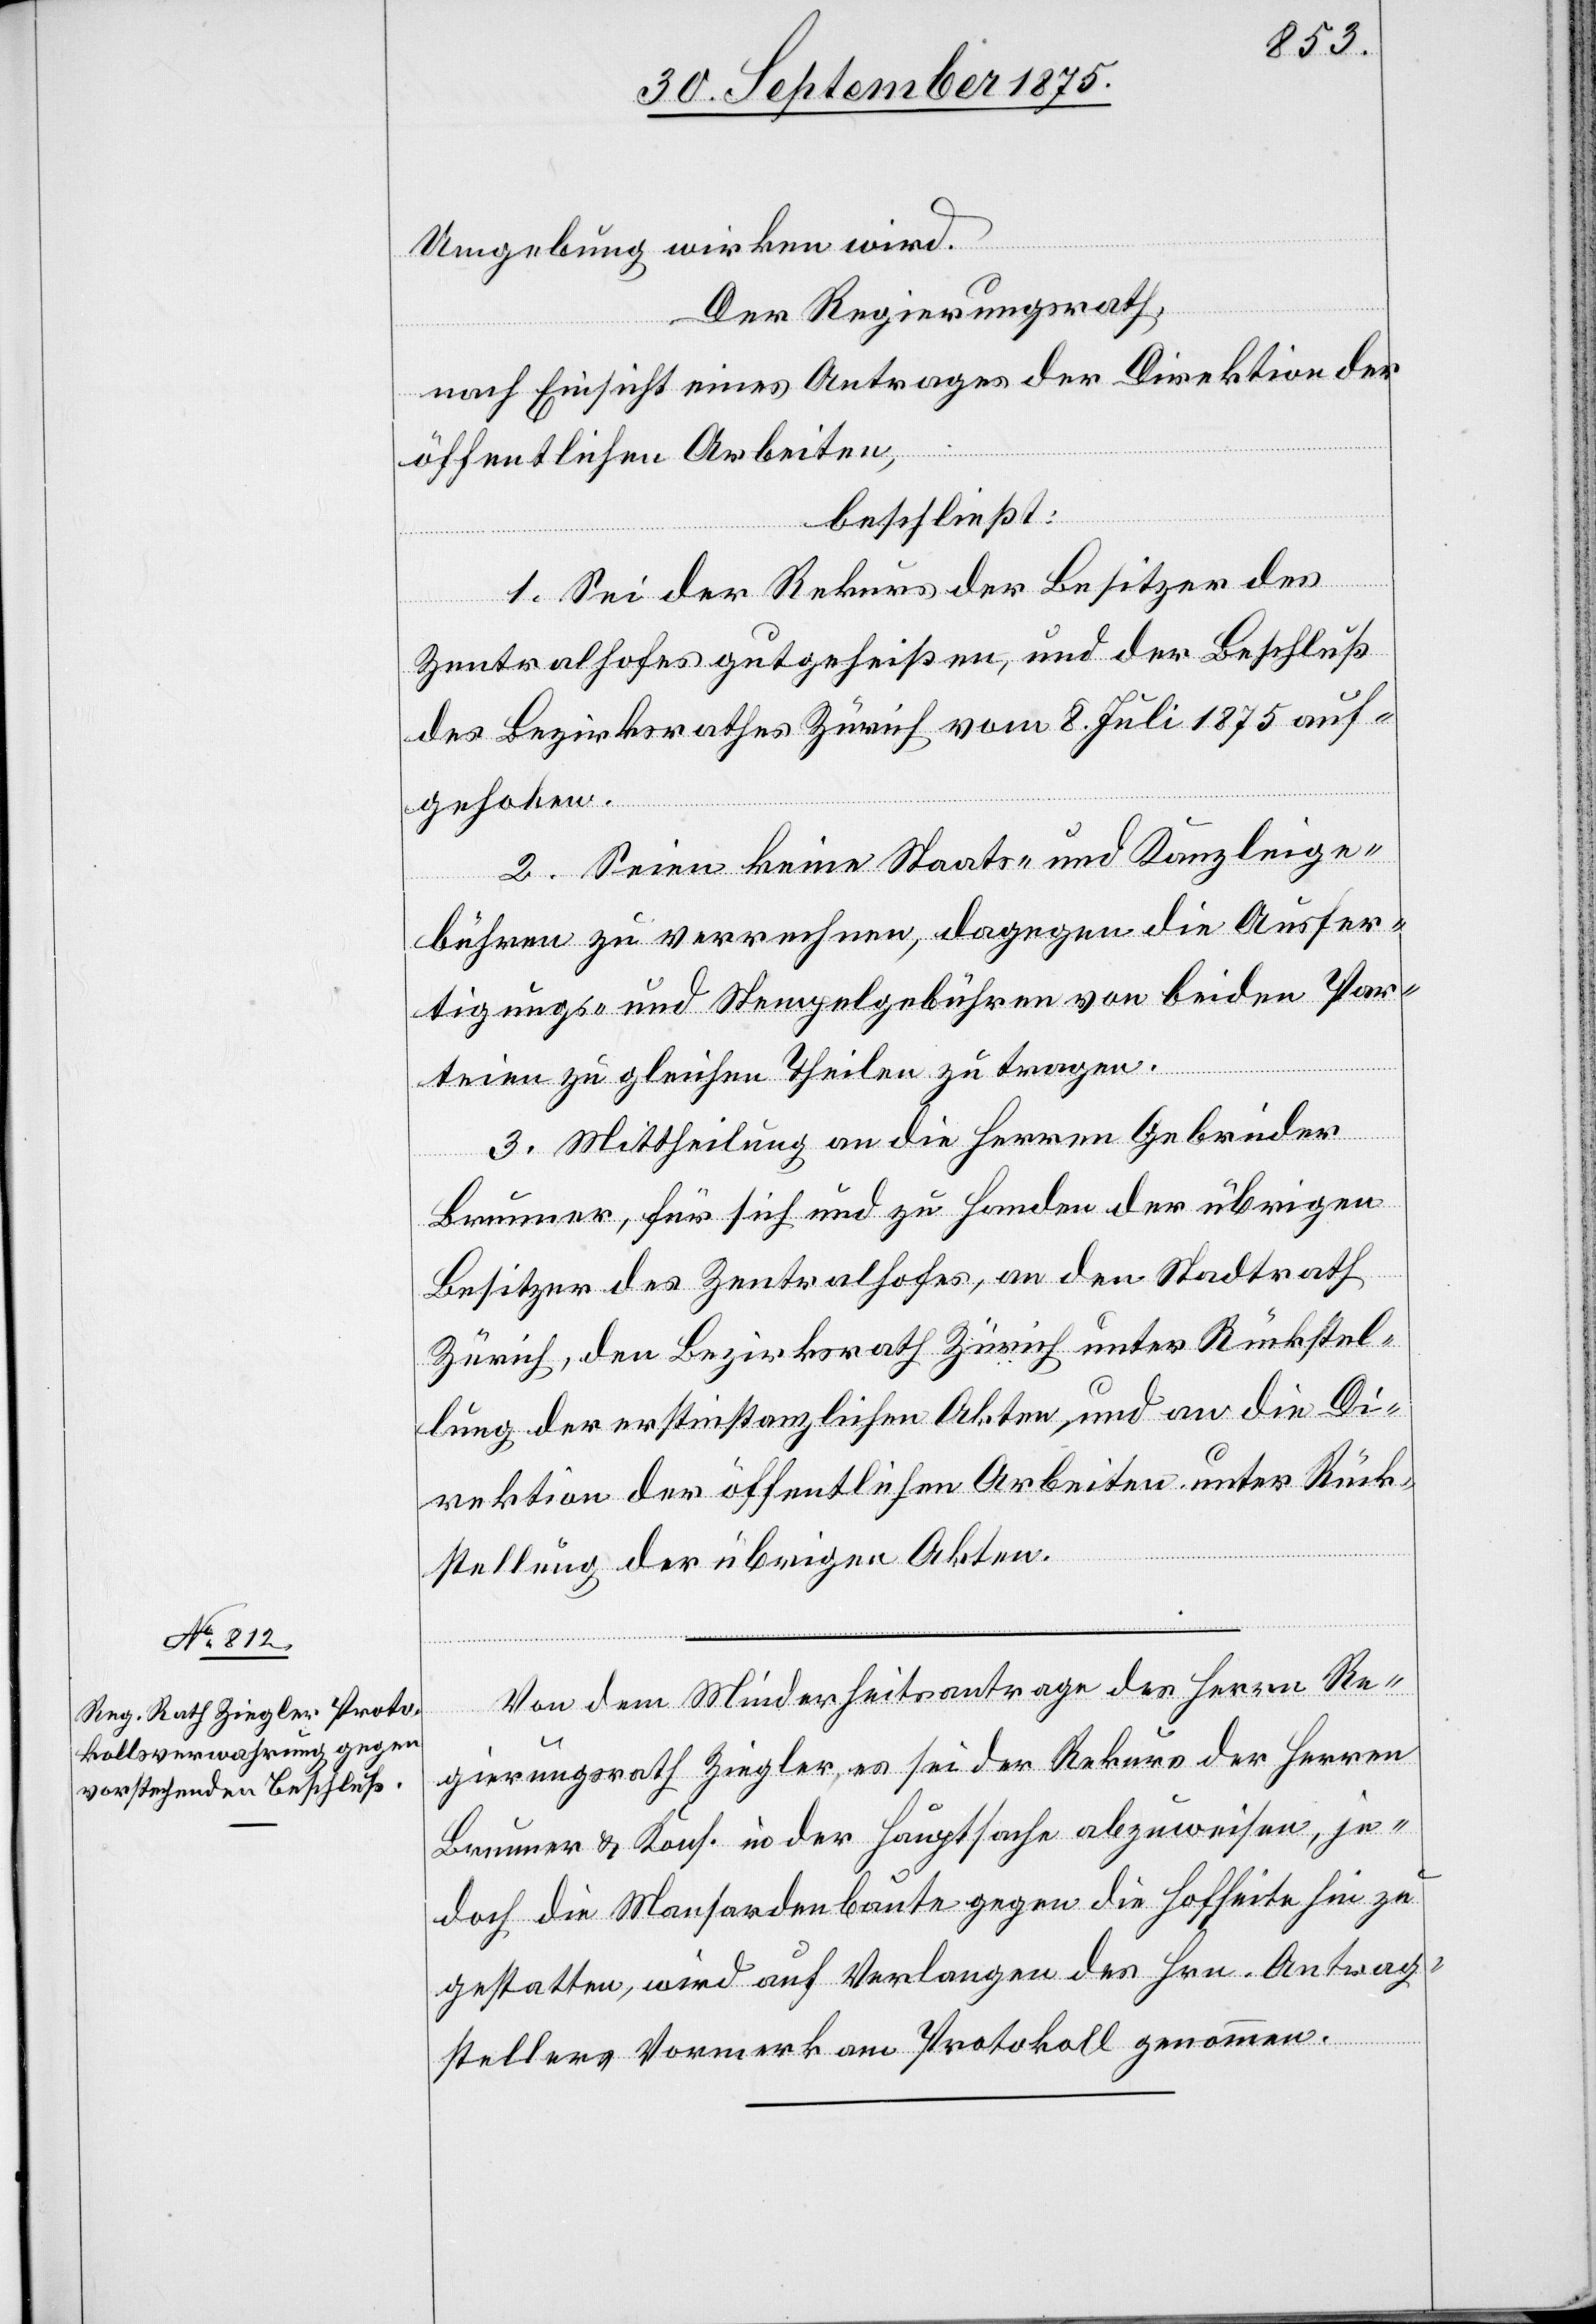
Umgebung wirken wird.
Der Regierungsrath,
nach Einsicht eines Antrages der Direktion der
öffentlichen Arbeiten,
beschließt:
1. Sei der Rekurs der Besitzer des
Zentralhofes gutgeheißen, und der Beschluß
des Bezirksrathes Zürich vom 8. Juli 1875 auf¬
gehoben.
2. Seien keine Staats- und Kanzleige¬
bühren zu verrechnen, dagegen die Ausfer¬
tigungs- und Stempelgebühren von beiden Par¬
teien zu gleichen Theilen zu tragen.
3. Mittheilung an die Herren Gebrüder
Brunner, für sich und zu Handen der übrigen
Besitzer des Zentralhofes, an den Stadtrath
Zürich, den Bezirksrath Zürich unter Rückstel¬
lung der erstinstanzlichen Akten, und an die Di¬
rektion der öffentlichen Arbeiten unter Rück¬
stellung der übrigen Akten.
Von dem Minderheitsantrage des Herrn Re¬
gierungsrath Ziegler, es sei der Rekurs der Herren
Brunner & Kons. in der Hauptsache abzuweisen, je¬
doch die Mansardenbaute gegen die Hofseite hin zu
gestatten, wird auf Verlangen des Hrn. Antrag¬
stellers Vormerk am Protokoll genommen.